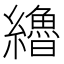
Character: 𰫷